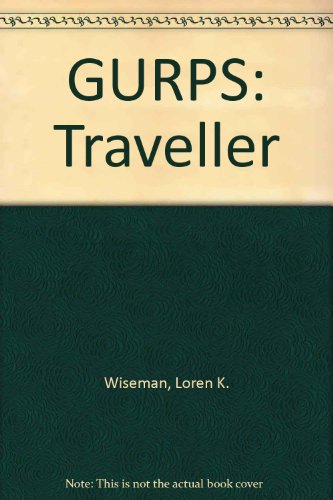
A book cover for Gurps Traveller; Steve Jackson Games; Science Fiction & Fantasy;